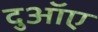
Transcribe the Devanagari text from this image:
दुआॅए